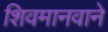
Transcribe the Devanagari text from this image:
शिवमानवाने